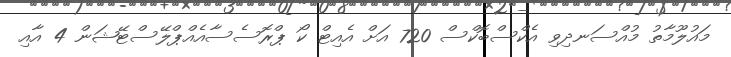
މައުލޫމާތު މުއްސަނދިވި އެކްސްބޮކްސް 720 އަށް އެއިޓް ކޯ ޕްރޮސެސާއެއްޕްލޭސްޓޭޝަން 4 އާއި